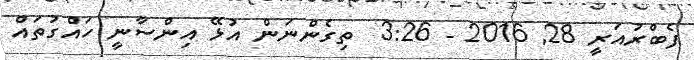
ފެބްރުއަރީ 28